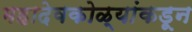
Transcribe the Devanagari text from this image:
महादेवकोळ्यांकडून